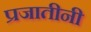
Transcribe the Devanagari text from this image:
प्रजातीनी